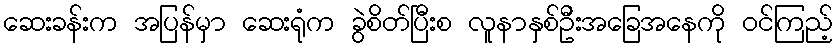
ဆေးခန်းက အပြန်မှာ ဆေးရုံက ခွဲစိတ်ပြီးစ လူနာနှစ်ဦးအခြေအနေကို ဝင်ကြည့်